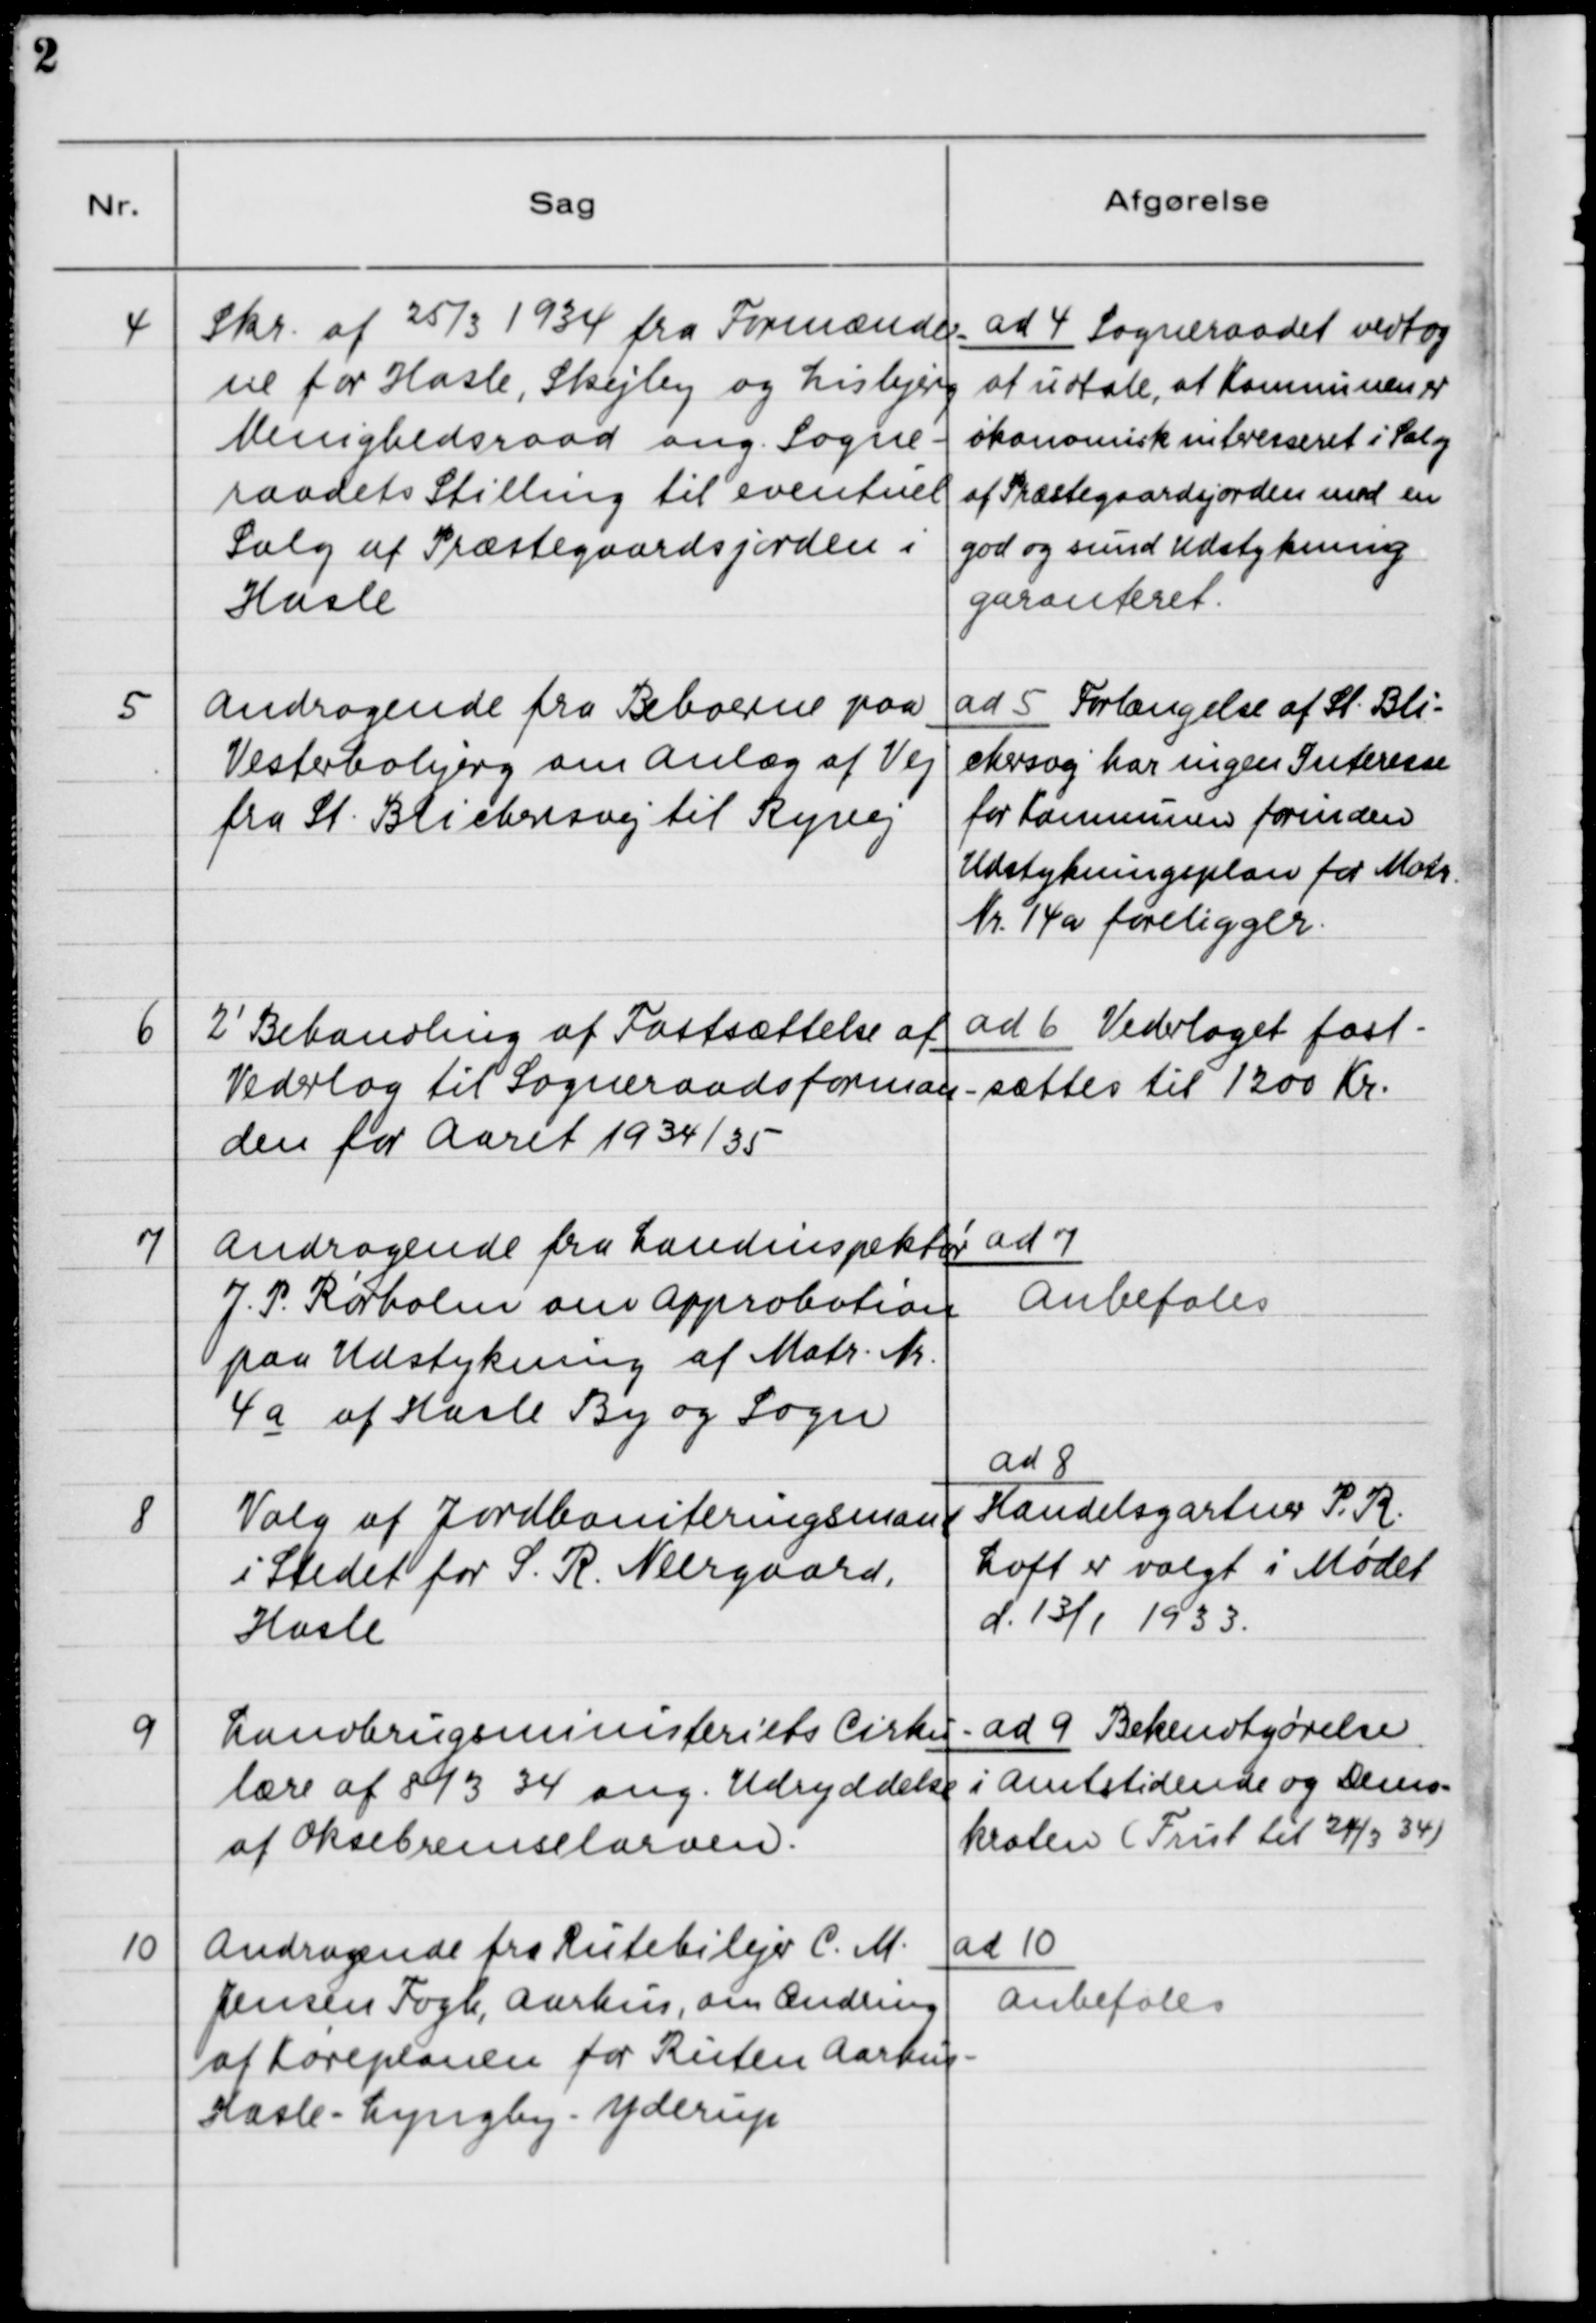
Transskription:
4

Skr. af 25/3 1934 fra Formænde-
ne for Hasle, Skejby og Lisbjerg
Menighedsraad ang. Sogne-
raadets Stilling til eventuel
Salg af Præstegaardsjorden i
Hasle.

ad 4. Sogneraadet vedtog
af udtale, at Kommunen er
økonomisk interesseret i Salg
af Præstegaardsjorden med en
god og sund udstykning
garanteret.

5

Andragende fra Beboerne paa
Vesterbobjerg om Anlæg af Vej
fra St. Blichersvej til Ryvej.

ad 5. Forlængelse af St. Bli-
chersvej har ingen Interesse
for Kommunen forinden
Udstykningsplan for Matr.
Nr. 14a foreligger.

6

2´Behandling af Fastsættelse af
Vederlag til Sogneraadsforman-
den for Aaret 1934/35

ad 6 Vederlaget fast-
sættes til 1200 Kr.

7

Andragende fra Landinspektør
J. P. Rørholm om Approbation
paa Udstykning af Matr. Nr.
4a af Hasle By og Sogn.

ad 7.
Anbefales

8

Valg af Jordboniteringsmand
i Stedet for S. R. Neergaard,
Hasle

ad 8.
Handelsgartner P. R.
Loft er valgt i Mødet
d. 13/1 1933

9

Landbrugsministeriets Cirku-
lære af 8/3 34 ang. Udryddelse
af Oksebremselarven.

ad 9 Bekendtgørelse
i Amtstidende og Demo-
kraten (Frist til 24/3 34)

10.

Andragende fra Rutebilejer C. M.
Jensen Fogh, Aarhus, om Ændring
af Køreplanen for Ruten Aarhus -
Hasle - Lyngby - Yderup.

ad 10.
Anbefales